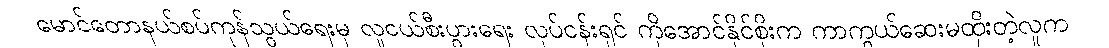
မောင်တောနယ်စပ်ကုန်သွယ်ရေးမှ လူငယ်စီးပွားရေး လုပ်ငန်းရှင် ကိုအောင်နိုင်စိုးက ကာကွယ်ဆေးမထိုးတဲ့လူက